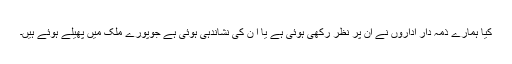
کیا ہمارے ذمہ دار اداروں نے ان پر نظر رکھی ہوئی ہے یا ا ن کی نشاندہی ہوئی ہے جوپورے ملک میں پھیلے ہوئے ہیں۔